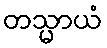
တသ္မာယံ